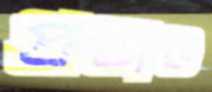
প্রথাও